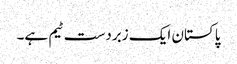
پاکستان ایک زبردست ٹیم ہے۔